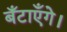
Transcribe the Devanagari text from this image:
बँटाएँगे।